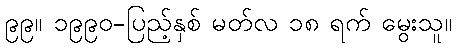
၉၉။ ၁၉၉၀-ပြည့်နှစ် မတ်လ ၁၈ ရက် မွေးသူ။